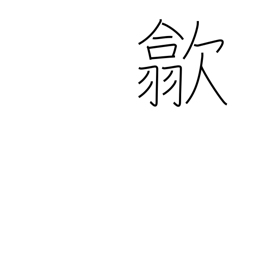
Meaning: put away